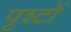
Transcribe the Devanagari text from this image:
पृश्टों